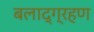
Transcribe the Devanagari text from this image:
बलाद्ग्रहण